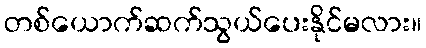
တစ်ယောက်ဆက်သွယ်ပေးနိုင်မလား။